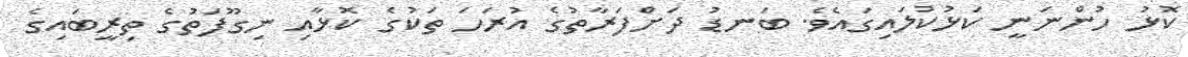
ކޮޅު ހުންނަނީ ކަޅުކުލައިގައެވެ. ބަނޑު ދަށްފަރާތުގެ އުރަހަ ތަކުގެ ކޮޅާއި ނިގޫފަތުގެ ތިރީބައިގެ